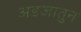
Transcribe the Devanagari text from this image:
अंडजातुन